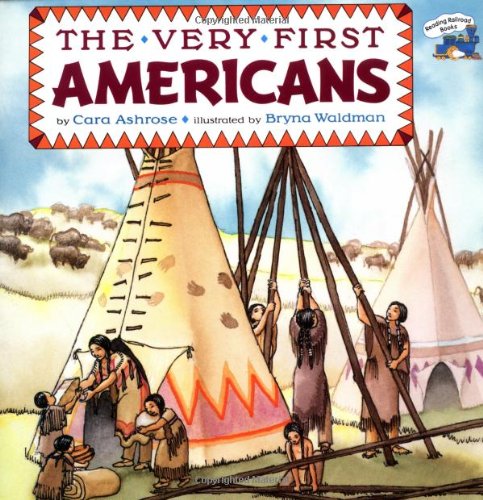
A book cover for The Very First Americans (All Aboard Books); Cara Ashrose; Children's Books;